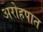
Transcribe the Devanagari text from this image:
अरोहपात